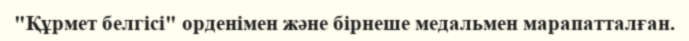
"Құрмет белгісі" орденімен және бірнеше медальмен марапатталған.